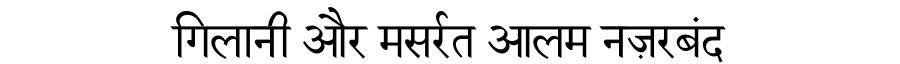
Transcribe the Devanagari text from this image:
गिलानी और मसर्रत आलम नज़रबंद